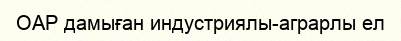
ОАР дамыған индустриялы-аграрлы ел